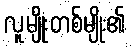
လူမျိုးတစ်မျိုး၏